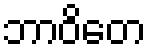
ဘာဝိတေ